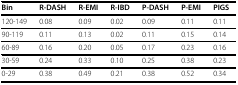
<table><thead><tr><td><b>Bin</b></td><td><b>R-DASH</b></td><td><b>R-EMI</b></td><td><b>R-IBD</b></td><td><b>P-DASH</b></td><td><b>P-EMI</b></td><td><b>PIGS</b></td></tr></thead><tbody><tr><td>120-149</td><td>0.08</td><td>0.09</td><td>0.02</td><td>0.09</td><td>0.11</td><td>0.11</td></tr><tr><td>90-119</td><td>0.11</td><td>0.13</td><td>0.02</td><td>0.11</td><td>0.15</td><td>0.14</td></tr><tr><td>60-89</td><td>0.16</td><td>0.20</td><td>0.05</td><td>0.17</td><td>0.23</td><td>0.16</td></tr><tr><td>30-59</td><td>0.24</td><td>0.33</td><td>0.10</td><td>0.25</td><td>0.38</td><td>0.23</td></tr><tr><td>0-29</td><td>0.38</td><td>0.49</td><td>0.21</td><td>0.38</td><td>0.52</td><td>0.34</td></tr></tbody></table>